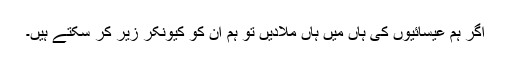
اگر ہم عیسائیوں کی ہاں میں ہاں ملادیں تو ہم ان کو کیونکر زیر کر سکتے ہیں۔